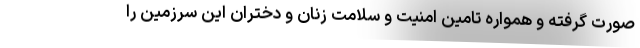
صورت گرفته و همواره تامین امنیت و سلامت زنان و دختران این سرزمین را